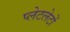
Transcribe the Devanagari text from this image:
प्‍लेटलेटों